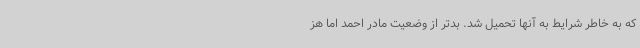
که به خاطر شرایط به آنها تحمیل شد. بدتر از وضعیت مادر احمد اما هز